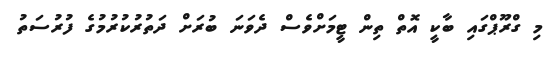
މި ގްރޫޕްގައި ބާކީ އޮތް ތިން ޓީމަށްވެސް ދެވަނަ ބުރަށް ދަތުރުކުރުމުގެ ފުރުސަތު